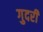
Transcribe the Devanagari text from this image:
गुदरी